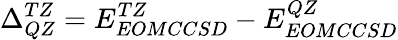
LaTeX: \Delta_{QZ}^{TZ}=E_{EOMCCSD}^{TZ}-E_{EOMCCSD}^{QZ}